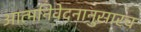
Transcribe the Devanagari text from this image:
आत्मनिवेदनानुसारच